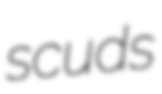
scuds